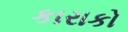
કારાકો